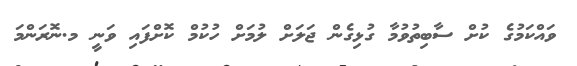
ވައްކަމުގެ ކުށް ސާބިތުވުމާ ގުޅިގެން ޖަލަށް ލުމަށް ހުކުމް ކޮށްފައި ވަނީ މ.ނޮރަންމަ